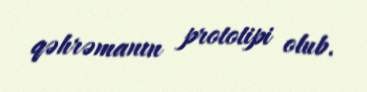
qəhrəmanın prototipi olub.